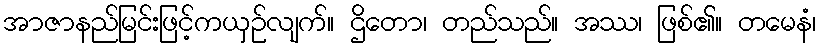
အာဇာနည်မြင်းဖြင့်ကယှဉ်လျက်။ ဌိတော၊ တည်သည်။ အဿ၊ ဖြစ်၏။ တမေနံ၊